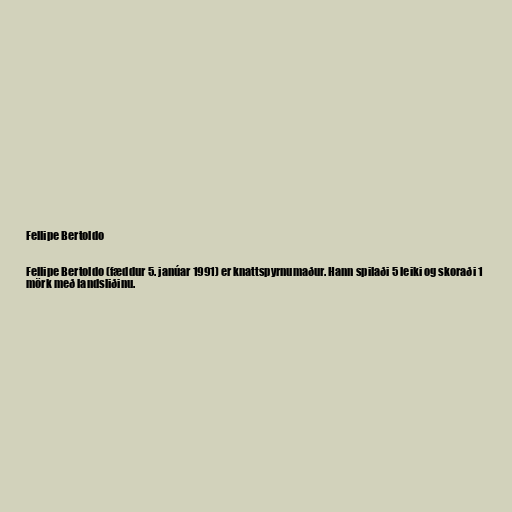
Fellipe Bertoldo

Fellipe Bertoldo (fæddur 5. janúar 1991) er knattspyrnumaður. Hann spilaði 5 leiki og skoraði 1
mörk með landsliðinu.